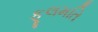
ફૂલમતિ